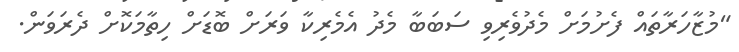
"މުޒާހަރާތައް ފެށުމަށް މެދުވެރިވި ސަބަބާ މެދު އެމެރިކާ ވަރަށް ބޮޑަށް ހިތާމަކޮށް ދެރަވަން.